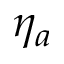
\eta _ { a }